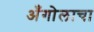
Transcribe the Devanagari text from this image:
अँगोलाचा